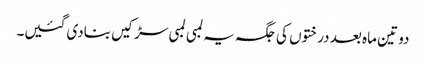
دو تین ماہ بعد درختوں کی جگہ یہ لمبی لمبی سڑکیں بنادی گئیں۔